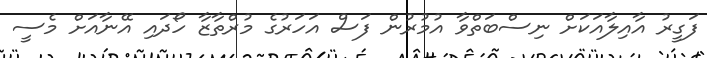
ފަގީރު އާއިލާއަކަށް ނިސްބަތްވާ އުމުރުން ފަސް އަހަރުގެ މުރްތާޒާ ހޯދައި އޭނާއަށް މެސީ